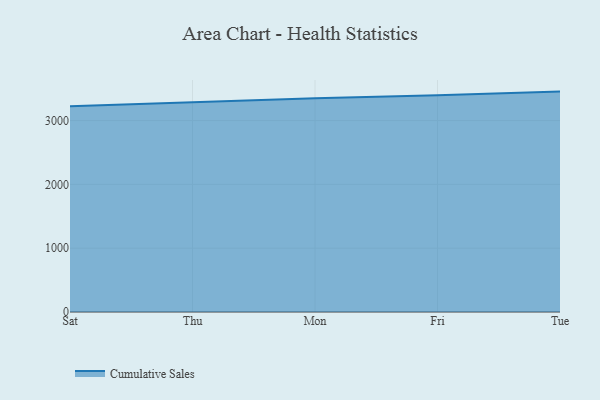
{"axis": {"x": "Day", "y": "Customer Acquisition Cost (USD)"}, "legend": ["Cumulative Sales"], "data": [{"x": "Sat", "y": 3225.7, "type": "Cumulative Sales"}, {"x": "Thu", "y": 3291.0, "type": "Cumulative Sales"}, {"x": "Mon", "y": 3349.6, "type": "Cumulative Sales"}, {"x": "Fri", "y": 3396.4, "type": "Cumulative Sales"}, {"x": "Tue", "y": 3454.3, "type": "Cumulative Sales"}]}